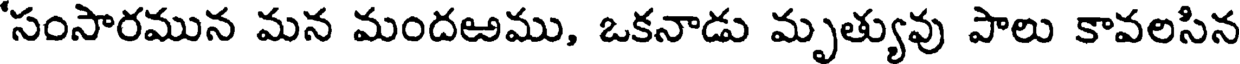
'సంసారమున మన మందఱము, ఒకనాడు మృత్యువు పాలు కావలసిన